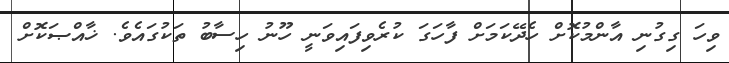
ވިހަ ގިގުނި އާންމުކޮށް ހެދޭކަމަށް ފާހަގަ ކުރެވިފައިވަނީ ހޫނު ހިސާބު ތަކުގައެވެ. ޚާއްޞަކޮށް